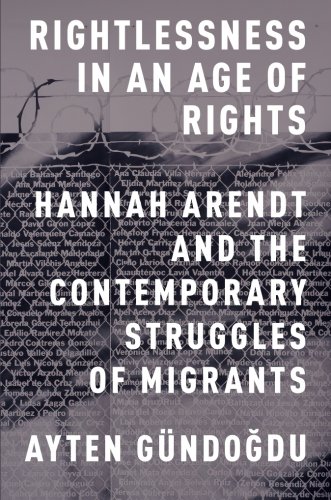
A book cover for Rightlessness in an Age of Rights: Hannah Arendt and the Contemporary Struggles of Migrants; Ayten GÃ¼ndogdu; Law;